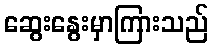
ဆွေးနွေးမှာကြားသည်